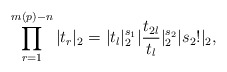
\begin{align*} \prod^{m(p)-n}_{r=1}|t_r|_2 = |t_l|^{s_1}_2|\frac{t_{2l}}{t_l}|^{s_2}_2|s_2!|_2,\end{align*}